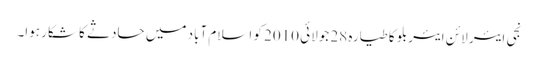
نجی ایئر لائن ایئربلو کا طیارہ 28 جولائی 2010 کو اسلام آباد میں حادثے کا شکار ہوا۔